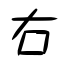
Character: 右